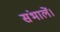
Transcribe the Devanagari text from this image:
संभालें।